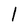
Character: 1